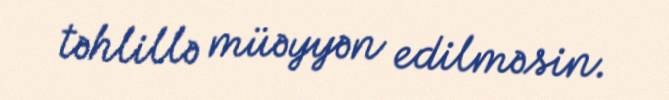
təhlillə müəyyən edilməsin.